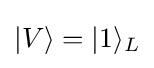
|V\rangle =|1\rangle _{L}